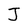
Character: J